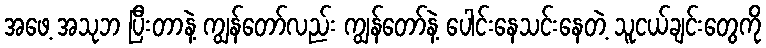
အဖေ့ အသုဘ ပြီးတာနဲ့ ကျွန်တော်လည်း ကျွန်တော်နဲ့ ပေါင်းနေသင်းနေတဲ့ သူငယ်ချင်းတွေကို